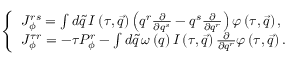
\left\{ \begin{array} { l } { { J _ { \phi } ^ { r s } = \int d \tilde { q } \, I \left( \tau , \vec { q } \right) \left( q ^ { r } \frac \partial { \partial q ^ { s } } - q ^ { s } \frac \partial { \partial q ^ { r } } \right) \varphi \left( \tau , \vec { q } \right) , } } \\ { { J _ { \phi } ^ { \tau r } = - \tau P _ { \phi } ^ { r } - \int d \tilde { q } \, \omega \left( q \right) I \left( \tau , \vec { q } \right) \frac \partial { \partial q ^ { r } } \varphi \left( \tau , \vec { q } \right) . } } \end{array} \right.